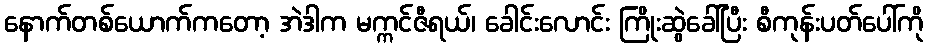
နောက်တစ်ယောက်ကတော့ အဲဒါက မက္ကင်ဇီရယ်၊ ခေါင်းလောင်း ကြိုးဆွဲခေါ်ပြီး စီကုန်းပတ်ပေါ်ကို